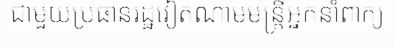
ជាមួយប្រធានរដ្ឋវៀតណាមមន្ត្រីអ្នកនាំពាក្យ